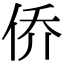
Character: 侨